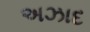
અઝાદ